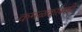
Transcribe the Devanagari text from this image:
कमळकाकडी